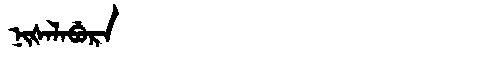
Manchu: ᠨᡳᡧᠠᠯᠠᠪᡠᡵᠠ
Romanization: NIŠALABURA